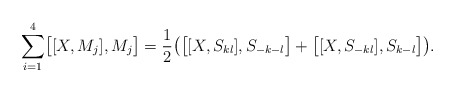
\begin{align*}\sum_{i=1}^{4}\bigl [[X,M_j],M_j\bigr ]={1\over 2}\bigl ( \bigl [[X,S_{kl}],S_{-k-l} \bigr ]+\bigl [[X,S_{-kl}],S_{k-l} \bigr ]\bigr ).\end{align*}